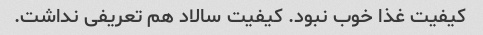
کیفیت غذا خوب نبود. کیفیت سالاد هم تعریفی نداشت.